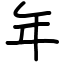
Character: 年